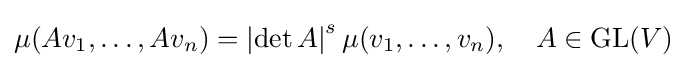
\mu (Av_{1},\ldots ,Av_{n})=\left|\det A\right|^{s}\mu (v_{1},\ldots ,v_{n}),\quad A\in \operatorname {GL} (V)